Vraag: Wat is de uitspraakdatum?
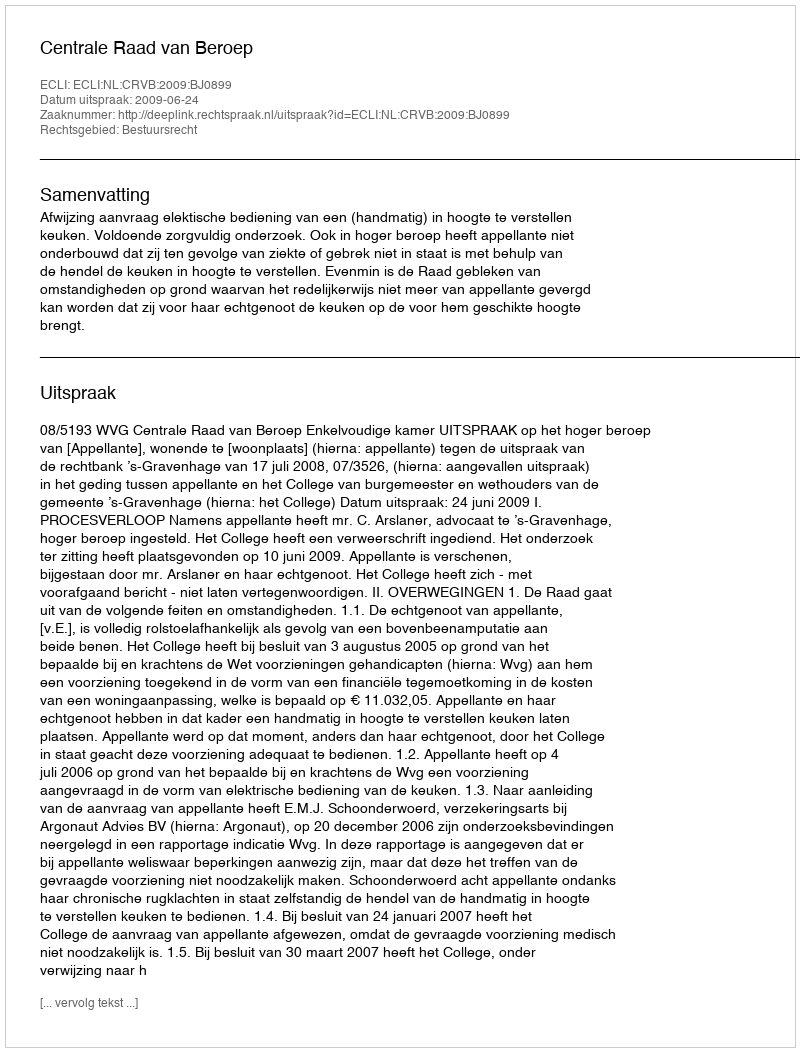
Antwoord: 2009-06-24